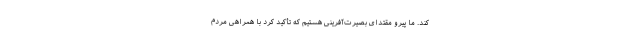
کند. ما پیرو مقتدای بصیرت‌آفرینی هستیم که تأکید کرد با همراهی مردم